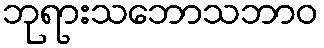
ဘုရားသဘောသဘာဝ